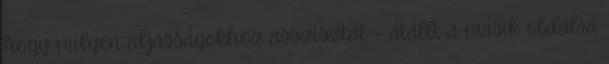
hogy milyen aljasságokhoz asszisztál – átállt a másik oldalra